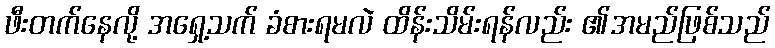
ဖီးတက်နေလို့ အရှေ့သက် ခံစားရမလဲ ထိန်းသိမ်းရန်လည်း ၏အမည်ဖြစ်သည်